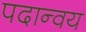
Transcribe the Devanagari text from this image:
पदान्वय